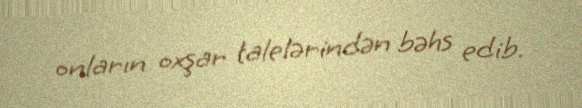
onların oxşar talelərindən bəhs edib.